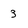
Character: 3